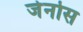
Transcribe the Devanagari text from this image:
जेनोस